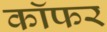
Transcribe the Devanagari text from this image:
कॉफर